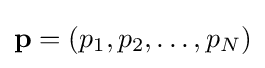
\mathbf {p} =(p_{1},p_{2},\ldots ,p_{N})